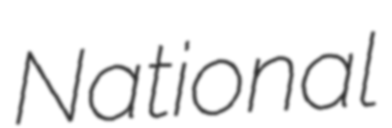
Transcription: National